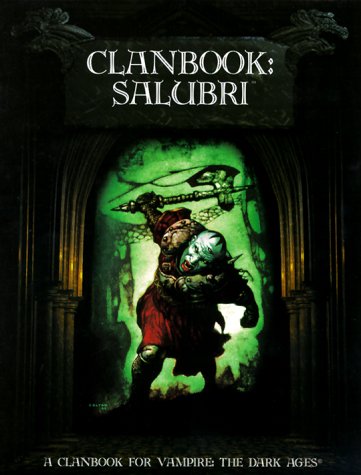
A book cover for Clanbook: Salubri (Vampire: The Dark Ages Clanbooks); Cynthia Summers; Science Fiction & Fantasy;